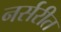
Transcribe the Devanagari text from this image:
नर्सरीत